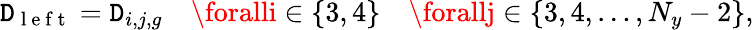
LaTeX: \mathtt{D}_{\mathrm{{~l~e~f~t~}}}=\mathtt{D}_{i,j,g}\quad\foralli\in\{ 3,4\} \quad\forallj\in\{ 3,4,\ldots,N_{y}-2\} ,